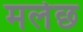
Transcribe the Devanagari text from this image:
मलेछ